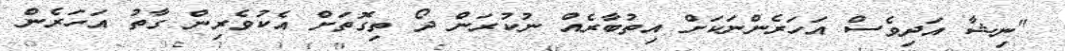
"ނިޝާ އަދިވެސް އަހަރެންނަކަށް އިތުބާރެއް ނުކުރަން ދޯ ތިގޮތަށް އެކުވެރިން ގާތު އަހަރެން